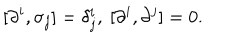
[ \partial ^ { i } , \sigma _ { j } ] = \delta _ { j } ^ { i } , ~ [ \partial ^ { i } , \partial ^ { j } ] = 0 .